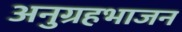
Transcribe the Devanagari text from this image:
अनुग्रहभाजन